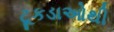
ટૂકડાઓથી